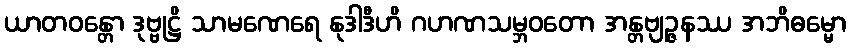
ယာတဝန္တော ဒုဗ္ဗုဋ္ဌိ သာမဏေရေ နုဒါဒီဟိ ဂဟဏသမ္ဘဝတော အန္တဗျဉ္ဇနဿ အဘိဓမ္မော